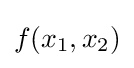
{\textstyle f(x_{1},x_{2})}